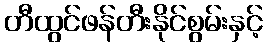
တီထွင်ဖန်တီးနိုင်စွမ်းနှင့်